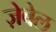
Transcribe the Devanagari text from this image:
ज़ेबेल